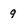
Character: 9